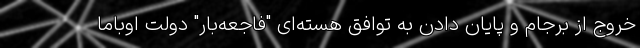
خروج از برجام و پایان دادن به توافق هسته‌ای "فاجعه‌بار" دولت اوباما